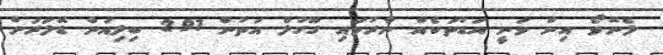
ލެނޮވޯ އިން ވަނީ އަޑުތަކެއް ނާރުވައި ގޫގުލް އަތުން 2.91 ބިލިއަން ޑޮލަރަށް